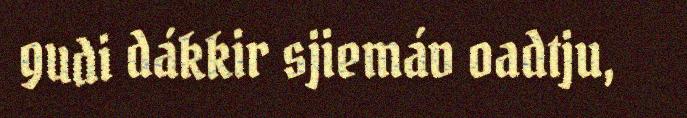
gudi dákkir sjiemáv oadtju,